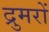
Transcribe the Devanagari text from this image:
द्रुमरों